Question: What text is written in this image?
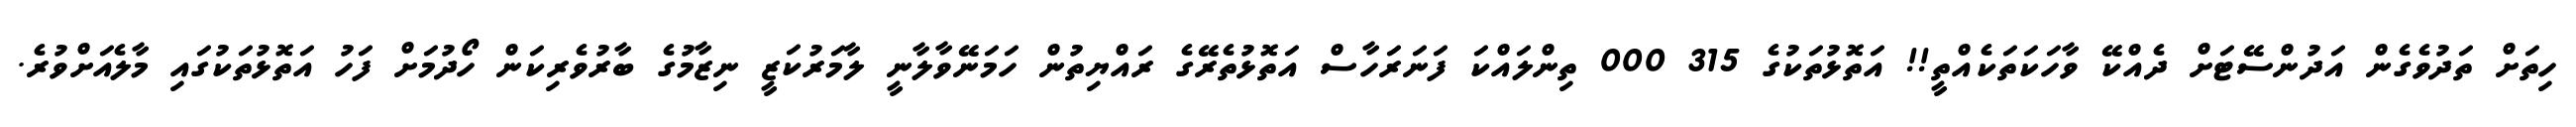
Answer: ހިތަށް ތަދުވެގެން އަދުންސޭޓަށް ދެއްކޭ ވާހަކަތަކެއްތީ!! އަތޮޅުތަކުގެ 315 000 ތިންލައްކަ ފަނަރަހާސް އަތޮޅުތެރޭގެ ރައްޔިތުން ހަމަނޭވާލާނީ ލާމަރުކަޒީ ނިޒާމުގެ ބާރުވެރިކަން ހޯދުމަށް ފަހު އަތޮޅުތަކުގައި މާލެއަށްވުރެ.